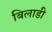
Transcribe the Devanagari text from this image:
बिलाडी